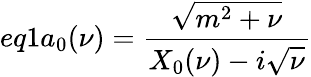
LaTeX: eq1a_{0}(\nu)=\frac{\sqrt{m^{2}+\nu}}{X_{0}(\nu)-i\sqrt{\nu}}